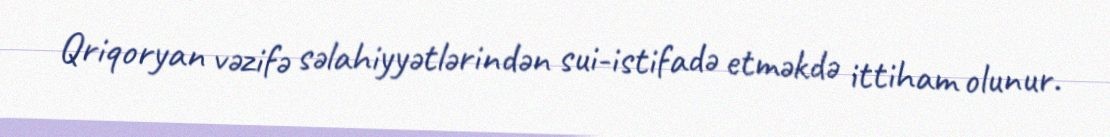
Qriqoryan vəzifə səlahiyyətlərindən sui-istifadə etməkdə ittiham olunur.